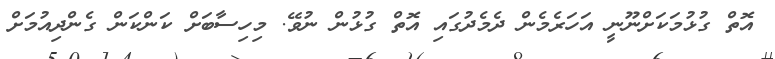
އޮތް ގުޅުމަކަށްނޫނީ އަހަރެމެން ދެމެދުގައި އޮތް ގުޅުން ނުވޭ. މިހިސާބަށް ކަންކަން ގެންދިއުމަށް